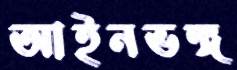
আইনভঙ্গ